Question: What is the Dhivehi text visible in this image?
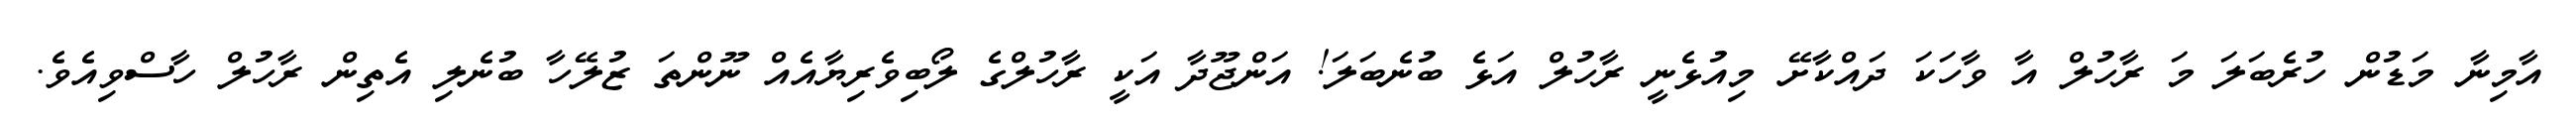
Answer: އާމިނާ މަޑުން ހުރެބަލަ މަ ރާހުލް އާ ވާހަކަ ދައްކާށޭ މިއުޅެނީ ރާހުލް އަޅެ ބުނެބަލަ! އަންޖޫދާ އަކީ ރާހުލްގެ ލޯބިވެރިޔާއެއް ނޫންތަ ޒުލޭހާ ބުނެލި އެތިން ރާހުލް ހާސްވިއެވެ.